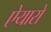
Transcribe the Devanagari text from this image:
ऐयारो